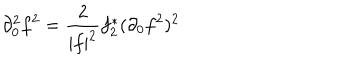
\partial _ { 0 } ^ { 2 } f ^ { 2 } = \frac { 2 } { | f | ^ { 2 } } f _ { 2 } ^ { * } ( \partial _ { 0 } f ^ { 2 } ) ^ { 2 }